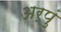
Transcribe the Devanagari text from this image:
अर्पुं